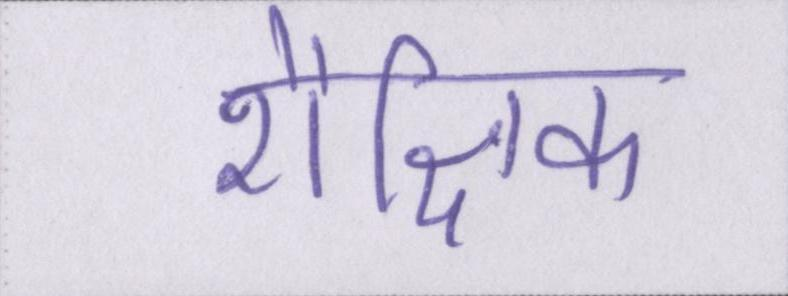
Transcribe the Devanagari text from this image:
शैक्षिक